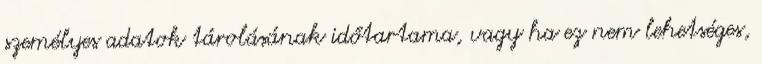
személyes adatok tárolásának időtartama, vagy ha ez nem lehetséges,